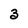
Character: 3